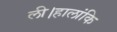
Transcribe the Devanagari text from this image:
ली।हालांकि